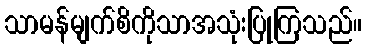
သာမန်မျက်စိကိုသာအသုံးပြုကြသည်။